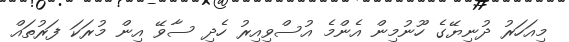
މިއަހަރު ދުނިޔޭގެ ހޫނުމިން އެންމެ އުސްވިއިރު ހެދި ސާވޭ އިން މުރަކަ ފަރުތައް